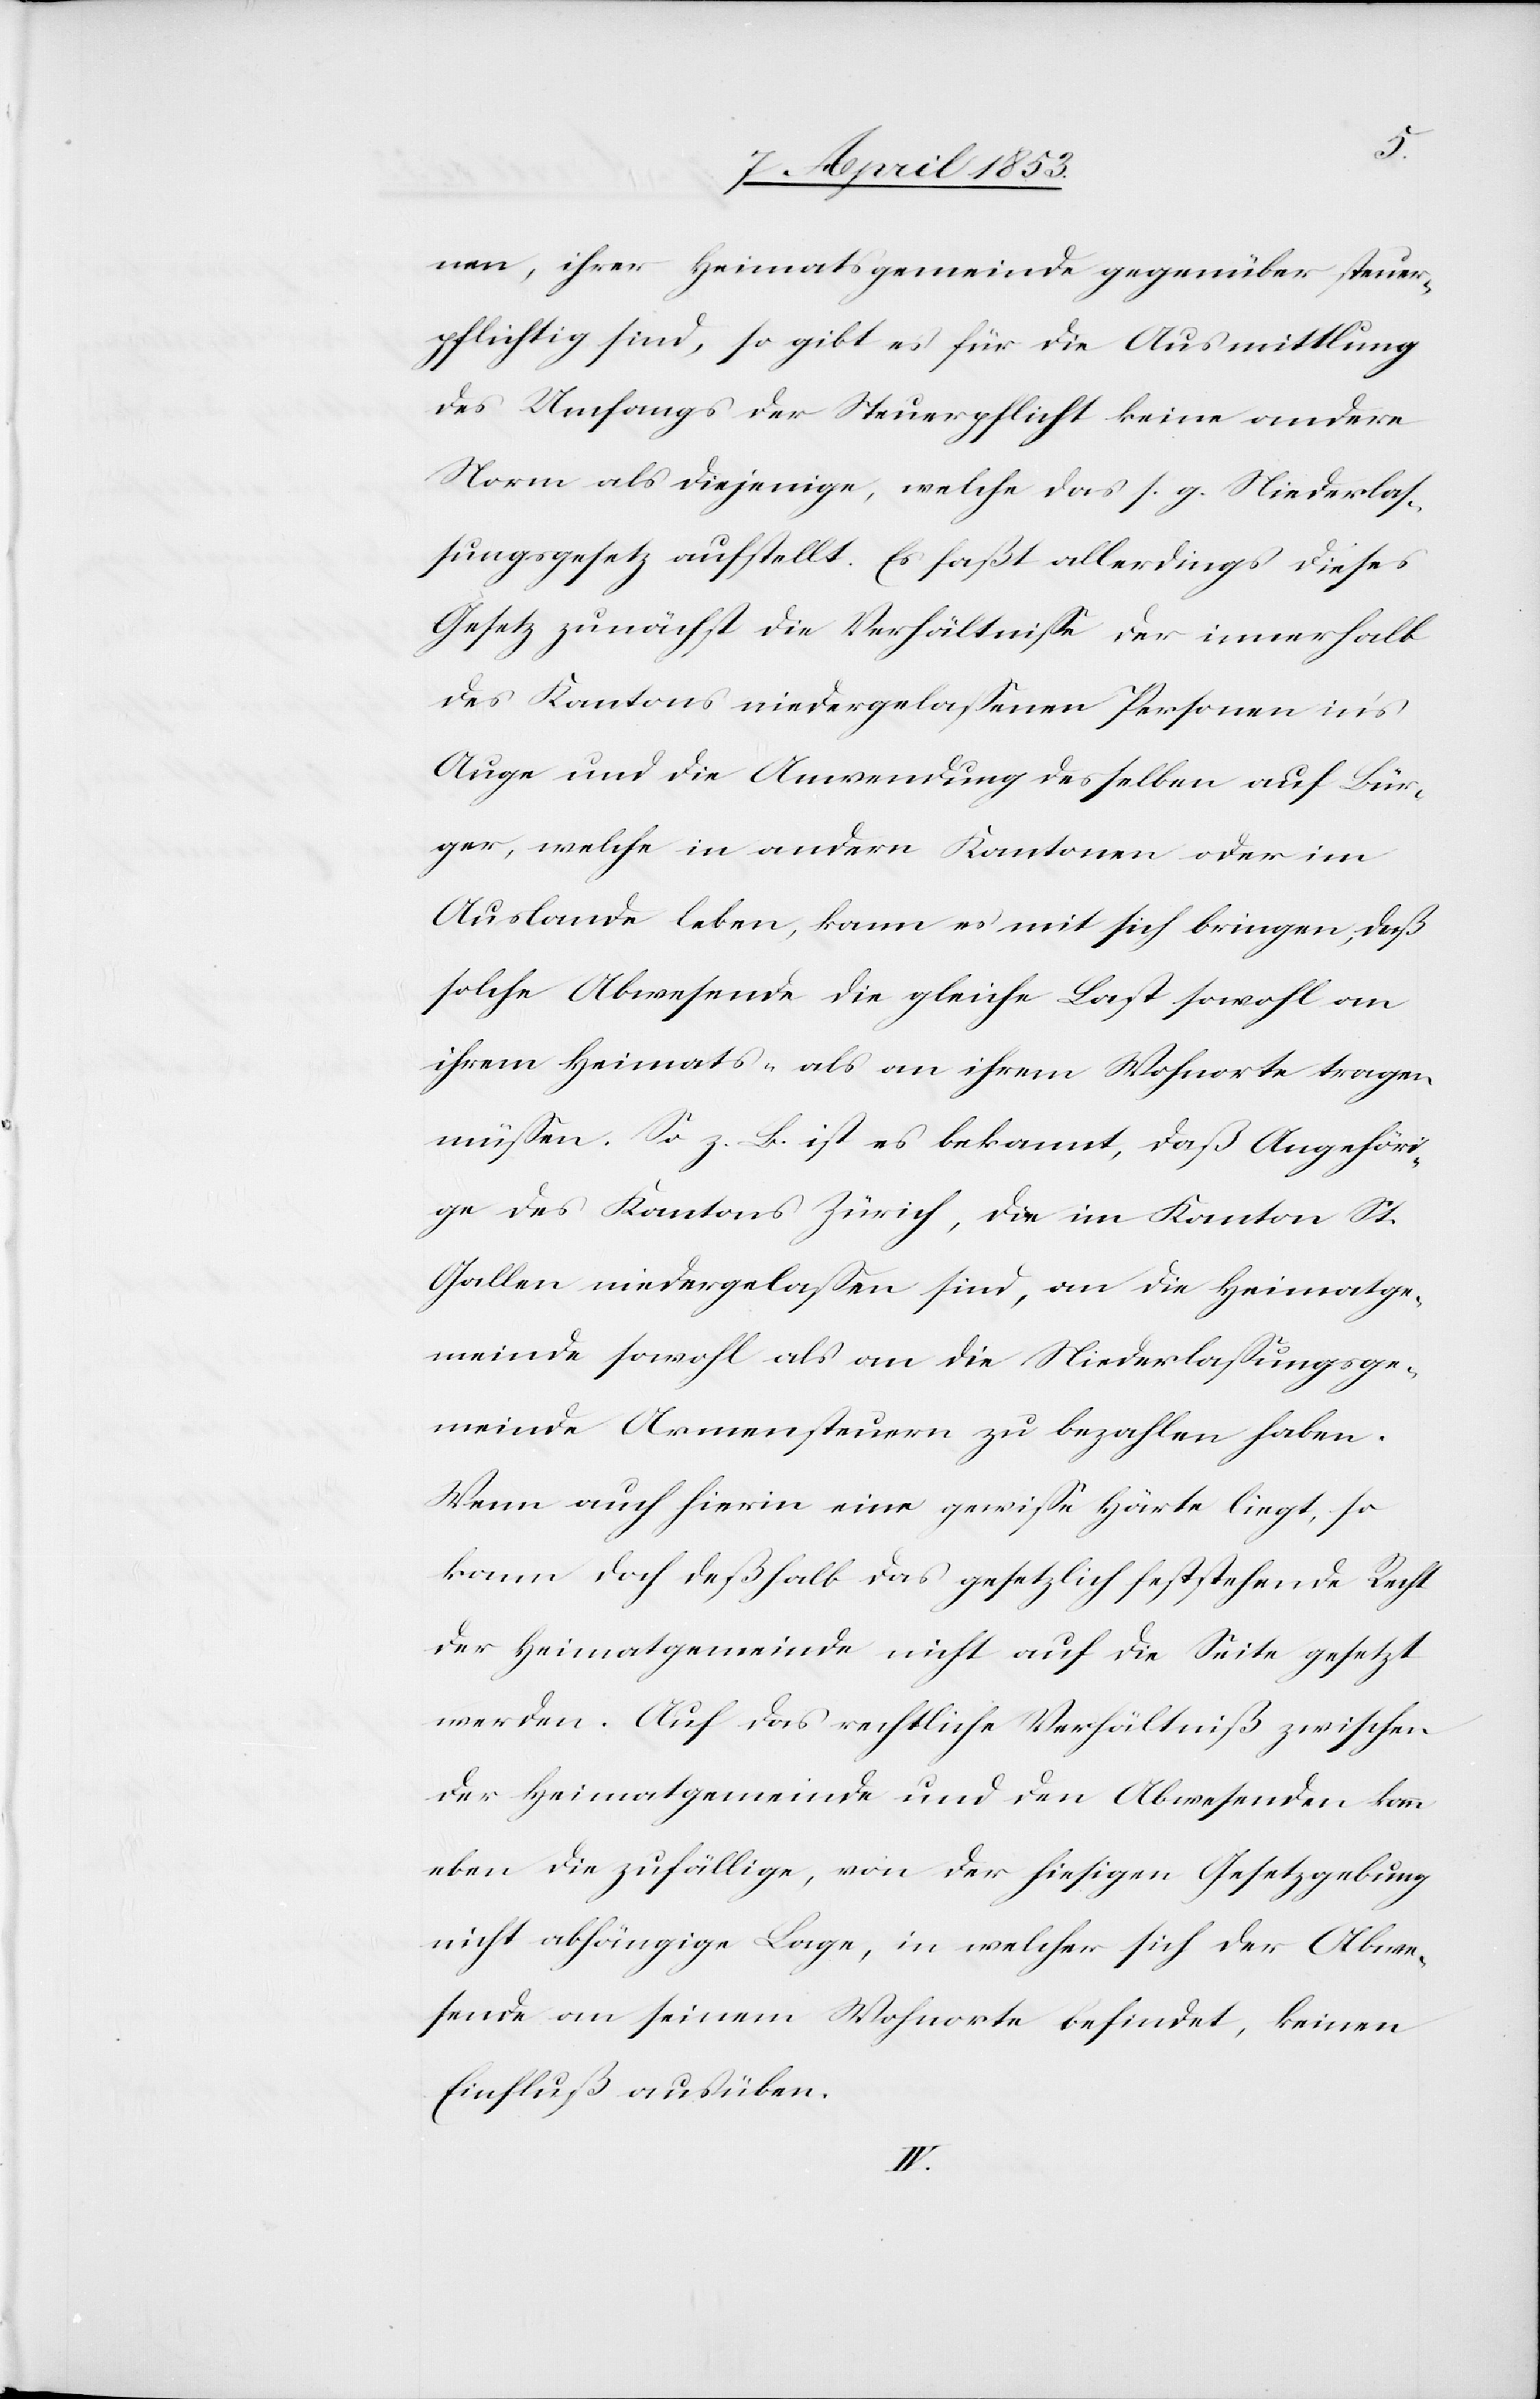
nen, ihrer Heimatsgemeinde gegenüber steuer¬
pflichtig sind, so gibt es für die Ausmittlung
des Umfangs der Steuerpflicht keine andere
Norm als diejenige, welche das s. g. Niederlas¬
sungsgesetz aufstellt. Es faßt allerdings dieses
Gesetz zunächst die Verhältniße der innerhalb
des Kantons niedergelaßenen Personen in’s
Auge und die Anwendung desselben auf Bür¬
ger, welche in andern Kantonen oder im
Auslande leben, kann es mit sich bringen, daß
solche Abwesende die gleiche Last sowohl an
ihren Heimats- als an ihrem Wohnorte tragen
müßen. So z. B. ist es bekannt, daß Angehöri¬
ge des Kantons Zürich, die im Kanton St.
Gallen niedergelaßen sind, an die Heimatsge¬
meinde sowohl als an die Niederlaßungsge¬
meinde Armensteuern zu bezahlen haben.
Wenn auch hierin eine gewiße Härte liegt, so
kann doch deßhalb das gesetzlich feststehende Recht
der Heimatgemeinde nicht auf die Seite gesetzt
werden. Auf das rechtliche Verhältniß zwischen
der Heimatgemeinde und den Abwesenden kann
eben die zufällige, von der hiesigen Gesetzgebung
nicht abhängige Lage, in welcher sich der Abwe¬
sende an seinem Wohnorte befindet, keinen
Einfluß ausüben.